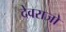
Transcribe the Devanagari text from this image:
देवराजो